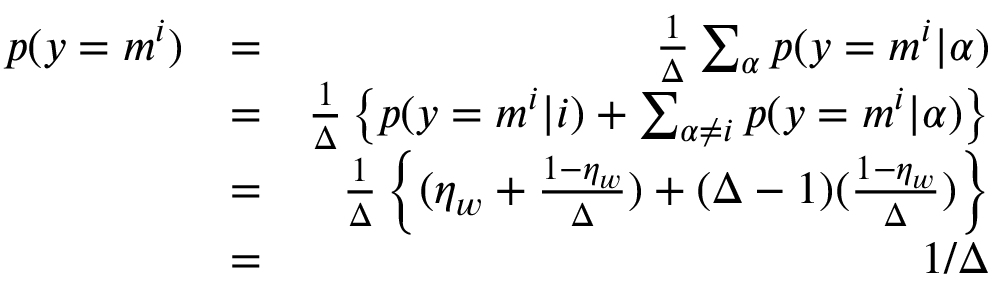
\begin{array} { r l r } { p ( y = m ^ { i } ) } & { = } & { \frac { 1 } { \Delta } \sum _ { \alpha } p ( y = m ^ { i } | \alpha ) } \\ & { = } & { \frac { 1 } { \Delta } \left\{ p ( y = m ^ { i } | i ) + \sum _ { \alpha \neq i } p ( y = m ^ { i } | \alpha ) \right\} } \\ & { = } & { \frac { 1 } { \Delta } \left\{ ( \eta _ { w } + \frac { 1 - \eta _ { w } } { \Delta } ) + ( \Delta - 1 ) ( \frac { 1 - \eta _ { w } } { \Delta } ) \right\} } \\ & { = } & { 1 / \Delta } \end{array}